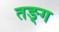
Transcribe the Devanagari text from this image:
तङ्ग